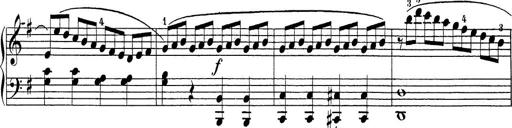
Title: Sonatina Album
Composer: Louis KÃ¶hler